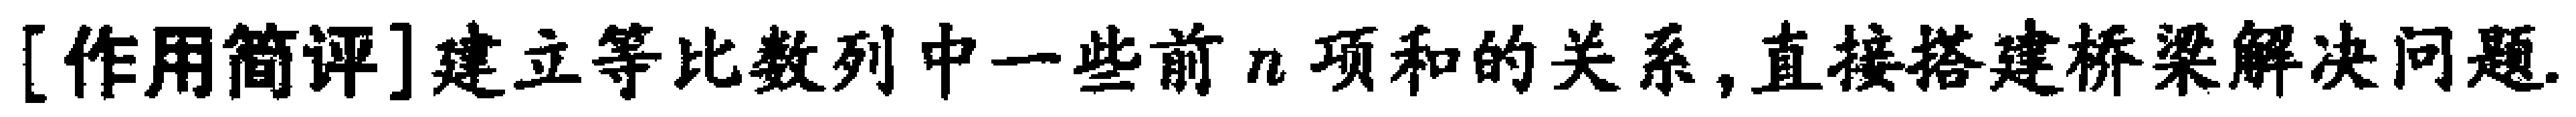
[作用简评]建立等比数列中一些前\(n\)项和的关系,直接搭建桥梁解决问题